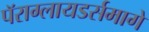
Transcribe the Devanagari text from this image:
पॅराग्लायडर्समागे